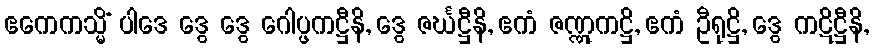
ဧကေကသ္မိံ ပါဒေ ဒွေ ဒွေ ဂေါပ္ဖကဋ္ဌီနိ, ဒွေ ဇင်္ဃဋ္ဌီနိ, ဧကံ ဇဏ္ဏုကဋ္ဌိ, ဧကံ ဦရုဋ္ဌိ, ဒွေ ကဋိဋ္ဌီနိ,